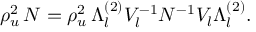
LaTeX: \rho _ { u } ^ { 2 } \, { \cal N } = \rho _ { u } ^ { 2 } \, \Lambda _ { l } ^ { ( 2 ) } { \cal V } _ { l } ^ { - 1 } N ^ { - 1 } { \cal V } _ { l } \Lambda _ { l } ^ { ( 2 ) } .